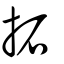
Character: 拓